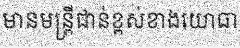
មានមន្ត្រីជាន់ខ្ពស់ខាងយោធា